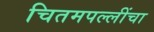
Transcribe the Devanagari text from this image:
चितमपल्लींचा